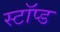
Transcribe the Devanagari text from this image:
स्टॉप्ड